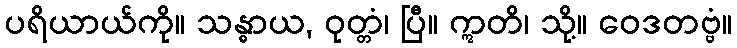
ပရိယာယ်ကို။ သန္ဓာယ, ဝုတ္တံ၊ ပြီ။ ဣတိ၊ သို့။ ဝေဒတဗ္ဗံ။